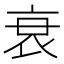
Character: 衰